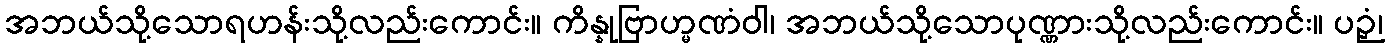
အဘယ်သို့သောရဟန်းသို့လည်းကောင်း။ ကိန္နုဗြာဟ္မဏံဝါ၊ အဘယ်သို့သောပုဏ္ဏားသို့လည်းကောင်း။ ပဉှံ၊